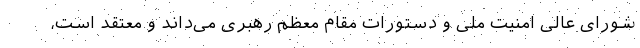
شورای عالی امنیت ملی و دستورات مقام معظم رهبری می‌داند و معتقد است،